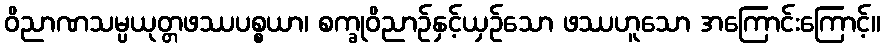
ဝိညာဏသမ္ပယုတ္တဖဿပစ္စယာ၊ စက္ခုဝိညာဉ်နှင့်ယှဉ်သော ဖဿဟူသော အကြောင်းကြောင့်။